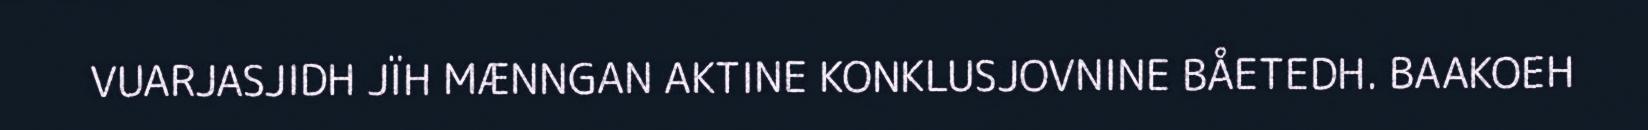
VUARJASJIDH JÏH MÆNNGAN AKTINE KONKLUSJOVNINE BÅETEDH. BAAKOEH